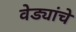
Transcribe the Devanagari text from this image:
वेड्यांचे